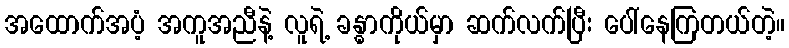
အထောက်အပံ့ အကူအညီနဲ့ လူရဲ့ ခန္ဓာကိုယ်မှာ ဆက်လက်ပြီး ပေါ်နေကြတယ်တဲ့။